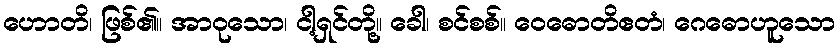
ဟောတိ၊ ဖြစ်၏။ အာဝုသော၊ ငါ့ရှင်တို့။ ခေါ၊ စင်စစ်။ ဝေဓောတိဧတံ၊ ဂေဓောဟူသော